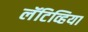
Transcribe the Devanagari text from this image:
लॅटिव्हिया